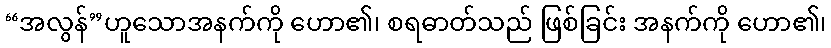
“အလွန်”ဟူသောအနက်ကို ဟော၏၊ စရဓာတ်သည် ဖြစ်ခြင်း အနက်ကို ဟော၏၊